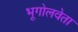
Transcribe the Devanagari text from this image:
भूगोलवेता